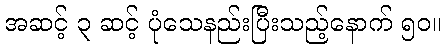
အဆင့် ၃ ဆင့် ပုံသေနည်းပြီးသည့်နောက် ၅၀။